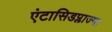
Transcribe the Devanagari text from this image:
एंटासिडप्लाज्मा